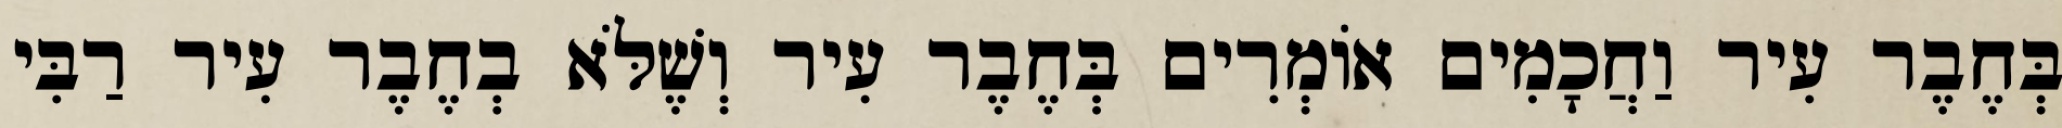
בְּחֶבֶר עִיר וַחֲכָמִים אוֹמְרִים בְּחֶבֶר עִיר וְשֶׁלֹּא בְחֶבֶר עִיר רַבִּי